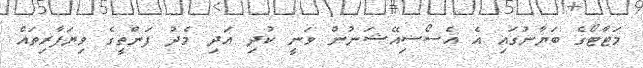
މަޓާޓޯގެ ބަޔާނުގައި އެ އެސޯސިއޭޝަނުން ވަނީ ކުދި އަދި މެދު ފަންތީގެ ވިޔަފާރިތައް